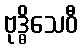
ဗုဒ္ဓိသေဝီ